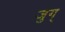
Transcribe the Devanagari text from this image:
जुग्